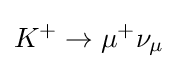
K^{+}\rightarrow \mu ^{+}\nu _{\mu }